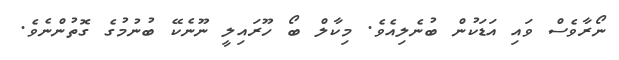
ނޯރާވެސް ވައި އަޑަކުން ބުނެލިއެވެ. މިކާލް ބޯ ހޫރައިލީ ނޫނެކޭ ބުނުމުގެ ގޮތުންނެވެ.